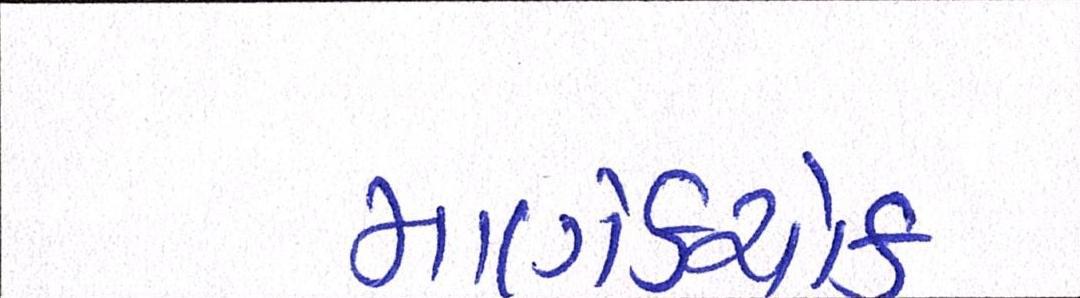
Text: માણેકચોક